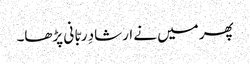
پھر میں نے ارشادِ ربّا نی پڑھا۔